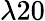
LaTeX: \lambda 20